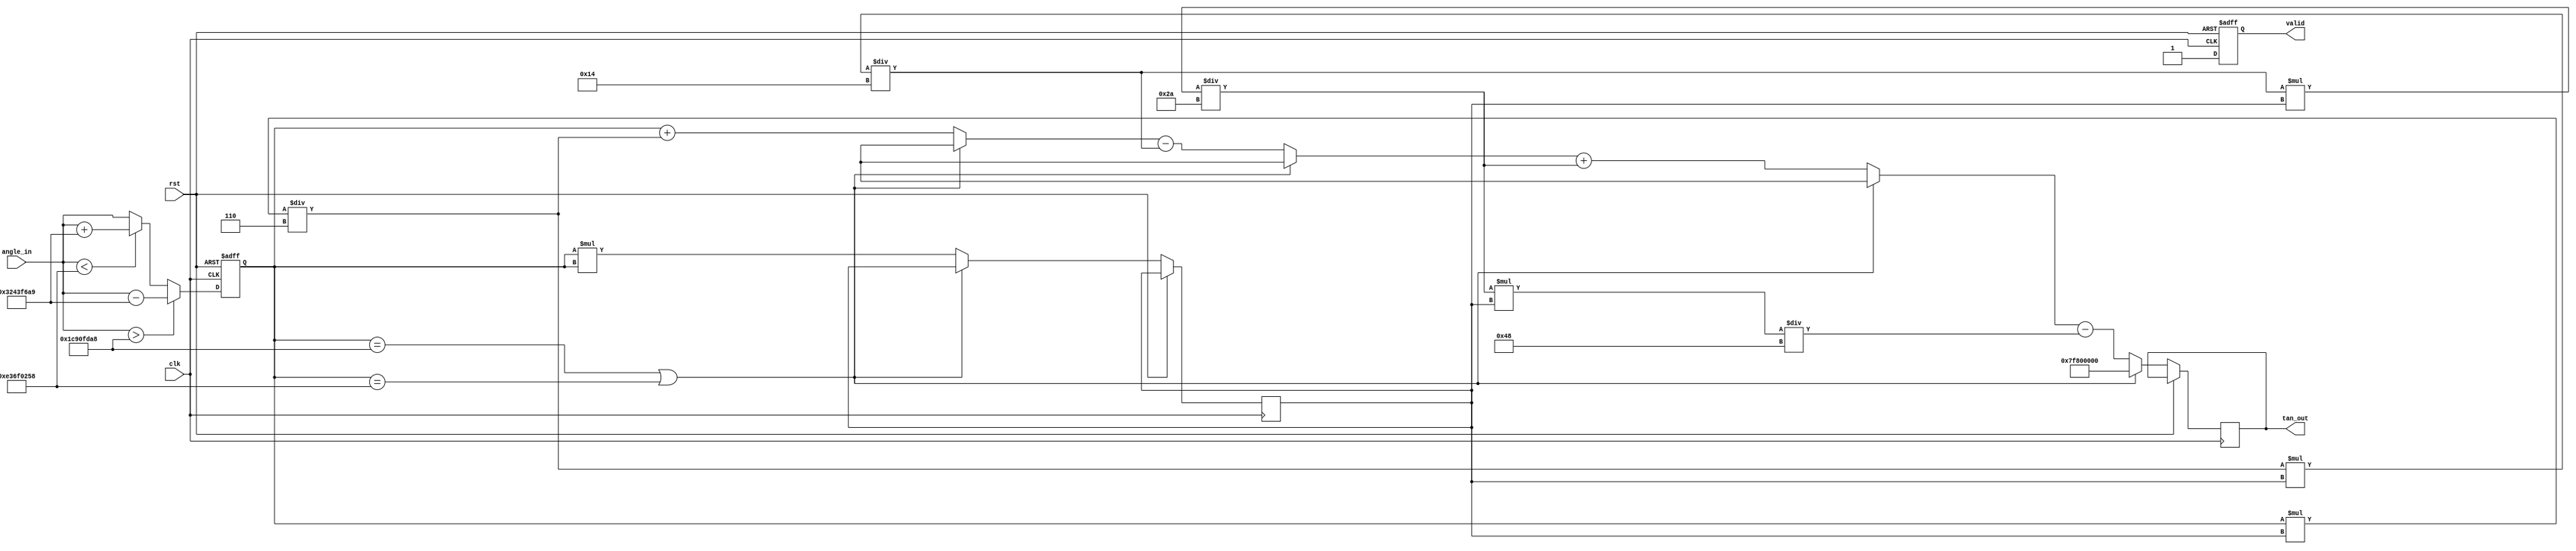
module tan_function (
    input wire clk,
    input wire rst,
    input wire [31:0] angle_in, // Input angle in radians (32-bit fixed-point)
    output reg [31:0] tan_out,   // Output tangent value (32-bit fixed-point)
    output reg valid             // Output valid signal
);

    // Constants
    parameter PI = 32'h3243F6A9; //  in fixed-point representation
    parameter PI_OVER_2 = 32'h1C90FDA8; // /2 in fixed-point representation
    parameter MAX_TAN = 32'h7F800000; // Max representable value for overflow handling

    // Internal variables
    reg [31:0] normalized_angle;
    reg [31:0] angle_squared;
    reg [31:0] result;
    reg [31:0] term;
    integer i;

    // Normalize the angle to the range of -/2 to /2
    always @(posedge clk or posedge rst) begin
        if (rst) begin
            normalized_angle <= 32'h0;
            valid <= 1'b0;
        end else begin
            // Normalize angle to -/2 to /2
            if (angle_in > PI_OVER_2) begin
                normalized_angle <= angle_in - PI; // Reduce by 
            end else if (angle_in < -PI_OVER_2) begin
                normalized_angle <= angle_in + PI; // Reduce by -
            end else begin
                normalized_angle <= angle_in;
            end

            // Check for discontinuities
            if (normalized_angle == PI_OVER_2 || normalized_angle == -PI_OVER_2) begin
                tan_out <= MAX_TAN; // Return max value for discontinuity
                valid <= 1'b1;
            end else begin
                // Compute tan using Taylor series approximation
                result <= 0;
                angle_squared <= normalized_angle * normalized_angle;

                // Taylor series: tan(x) = x + x^3/3 + x^5/5 + ...
                term = normalized_angle; // First term
                result = term; // Initialize result with first term

                for (i = 1; i < 5; i = i + 1) begin // 5 terms for approximation
                    term = (term * angle_squared) / (2*i*(2*i + 1)); // Calculate next term
                    if (i % 2 == 1) begin
                        result = result + term; // Add odd terms
                    end else begin
                        result = result - term; // Subtract even terms
                    end
                end

                tan_out <= result;
                valid <= 1'b1;
            end
        end
    end

endmodule